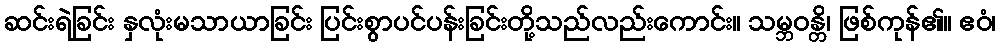
ဆင်းရဲခြင်း နှလုံးမသာယာခြင်း ပြင်းစွာပင်ပန်းခြင်းတို့သည်လည်းကောင်း။ သမ္ဘဝန္တိ၊ ဖြစ်ကုန်၏။ ဧဝံ၊